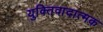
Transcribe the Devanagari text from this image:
युक्तिवादात्मक